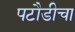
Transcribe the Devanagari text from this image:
पटौडीचा